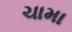
ચામા